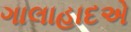
ગાલાહાદએ